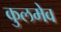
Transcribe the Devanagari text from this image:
कुलमेव